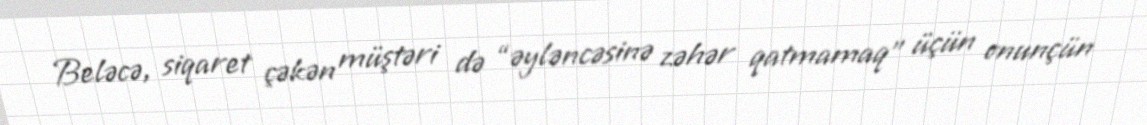
Beləcə, siqaret çəkən müştəri də “əyləncəsinə zəhər qatmamaq” üçün onunçün